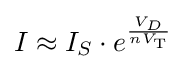
I\approx I_{S}\cdot e^{\frac {V_{D}}{nV_{\text{T}}}}